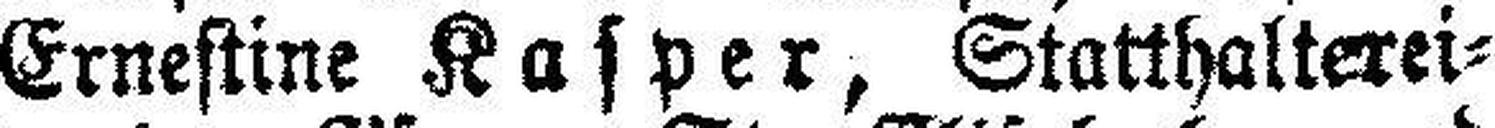
beigebrachten Zeugnisse der Ernestine Kasper, Statthalterei¬